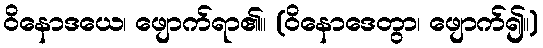
ဝိနောဒယေ၊ ဖျောက်ရာ၏။ (ဝိနောဒေတွာ၊ ဖျောက်၍။)